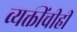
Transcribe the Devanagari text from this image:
व्यक्तींचीही